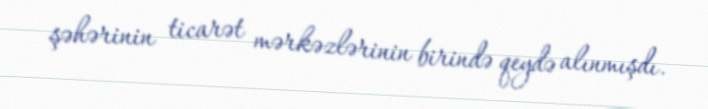
şəhərinin ticarət mərkəzlərinin birində qeydə alınmışdı.